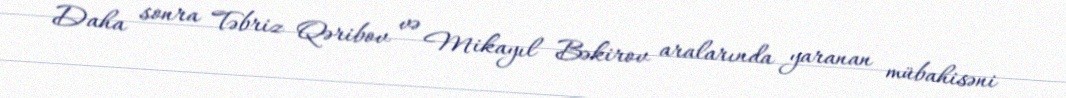
Daha sonra Təbriz Qəribov və Mikayıl Bəkirov aralarında yaranan mübahisəni